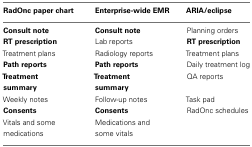
| RadOnc paper chart | Enterprise-wide EMR | ARIA/eclipse |
 | --- | --- | --- |
 | Consult note | Consult note | Planning orders |
 | RT prescription | Lab reports | RT prescription |
 | Treatment plans | Radiology reports | Treatment plans |
 | Path reports | Path reports | Daily treatment log |
 | Treatment summary | Treatment summary | QA reports |
 | Weekly notes | Follow-up notes | Task pad |
 | Consents | Consents | RadOnc schedules |
 | Vitals and some medications | Medications and some vitals |  |